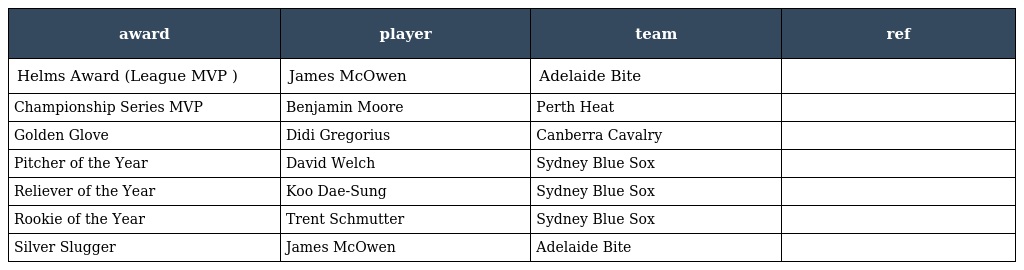
| award | player | team | ref |
 | --- | --- | --- | --- |
 | Helms Award (League MVP ) | James McOwen | Adelaide Bite |  |
 | Championship Series MVP | Benjamin Moore | Perth Heat |  |
 | Golden Glove | Didi Gregorius | Canberra Cavalry |  |
 | Pitcher of the Year | David Welch | Sydney Blue Sox |  |
 | Reliever of the Year | Koo Dae-Sung | Sydney Blue Sox |  |
 | Rookie of the Year | Trent Schmutter | Sydney Blue Sox |  |
 | Silver Slugger | James McOwen | Adelaide Bite |  |